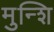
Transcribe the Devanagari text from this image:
मुन्शि